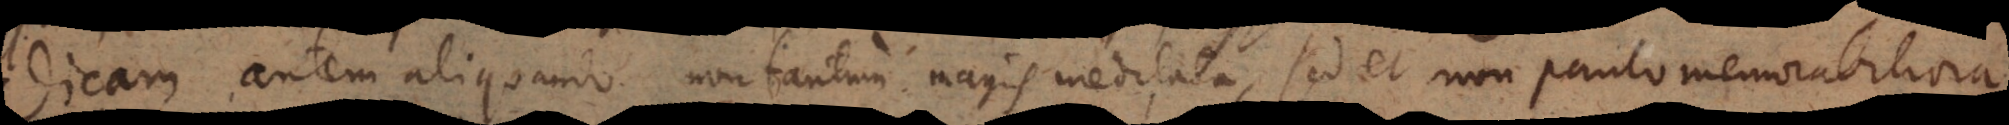
Dicam autem aliquando non tantum magis meditata, sed et ductis majora, non